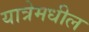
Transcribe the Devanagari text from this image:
यात्रेमधील